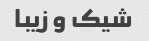
شیک و زیبا